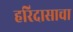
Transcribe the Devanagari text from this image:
हरिदासाचा